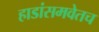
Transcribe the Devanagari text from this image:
हाडांसमवेतच